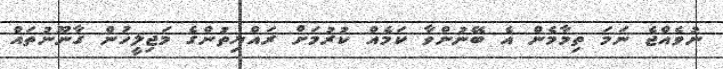
ނުވެއްޖެ ނަމަ ތިމާމެން އެ ބޭނުންވާ ކަމެއް ކުރުމަށް ރައްޔިތުންގެ މަޖިލީހުން ގާނޫނުތައް